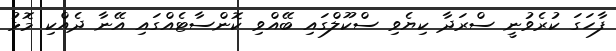
ފާހަގަ ކުރެވުނީ ސްރަދާ ކިޔެވި ސްކޫލްގައި ބޭއްވި ކޮންސާޓެއްގައި އޭނާ ދެއްކި މޮޅު